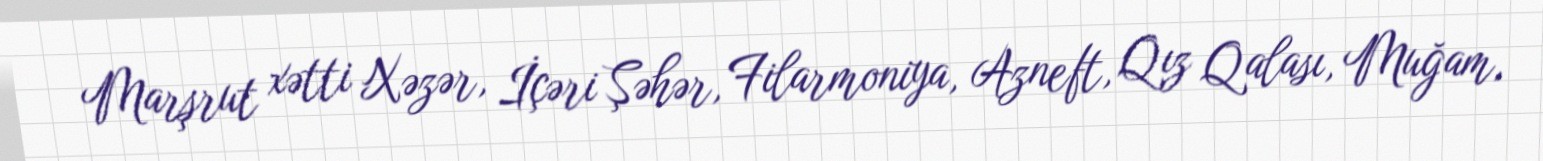
Marşrut xətti Xəzər, İçəri Şəhər, Filarmoniya, Azneft, Qız Qalası, Muğam,